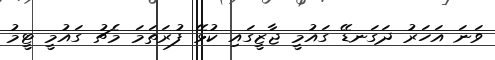
ވަނަ އަހަރު ދަގަނޑޭ ގައުމީ ޖާޒީގައި ކުޅޭ ފުރަތަމަ މެޗު ގައުމީ ޓީމު